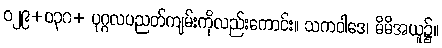
ဝ၂၉+ဝ၃၀+ ပုဂ္ဂလပညတ်ကျမ်းကိုလည်းကောင်း။ သကဝါဒေ၊ မိမိအယူ၌။